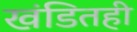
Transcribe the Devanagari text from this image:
खंडितही